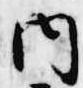
内